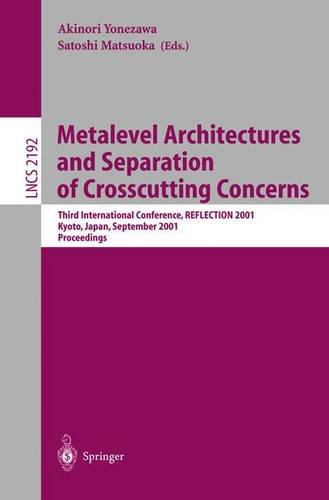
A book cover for Metalevel Architectures and Separation of Crosscutting Concerns: Third International Conference, REFLECTION 2001, Kyoto, Japan, September 25-28, 2001 Proceedings (Lecture Notes in Computer Science); Computers & Technology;